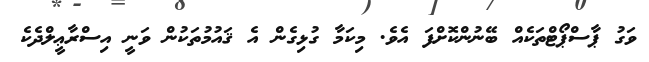
ވަގު ޕާސްޕޯޓްތަކެއް ބޭނުންކޮށްފަ އެވެ. މިކަމާ ގުޅިގެން އެ ޤައުމުތަކުން ވަނީ އިސްރާޢީލްދެކެ